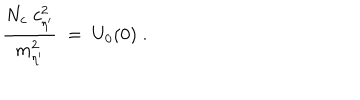
\frac { N _ { c } \; c _ { \eta ^ { \prime } } ^ { 2 } } { m _ { \eta ^ { \prime } } ^ { 2 } } \; = \; U _ { 0 } ( 0 ) \; .